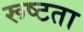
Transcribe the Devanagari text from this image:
रूष्टता